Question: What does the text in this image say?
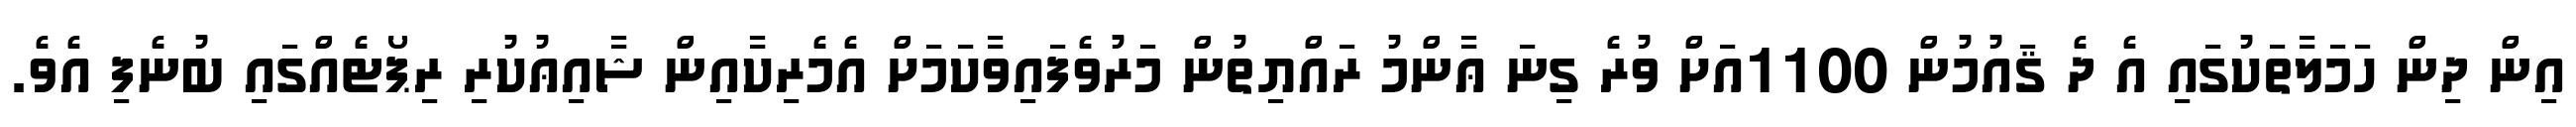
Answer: އިން ދިން ހަމަލާތަކުގައި އެ ދެ ޤައުމުން 1100އަށް ވުރެ ގިނަ ޢާންމު ރައްޔިތުން މަރުވެފައިވާކަމަށް އެމެރިކާއިން ޝާއިޢުކުރި ރިޕޯޓެއްގައި ބުނެފި އެވެ.